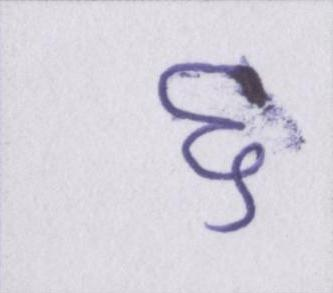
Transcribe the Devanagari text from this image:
६